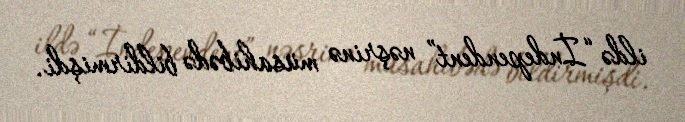
ildə “İndependent” nəşrinə müsahibədə bildirmişdi.